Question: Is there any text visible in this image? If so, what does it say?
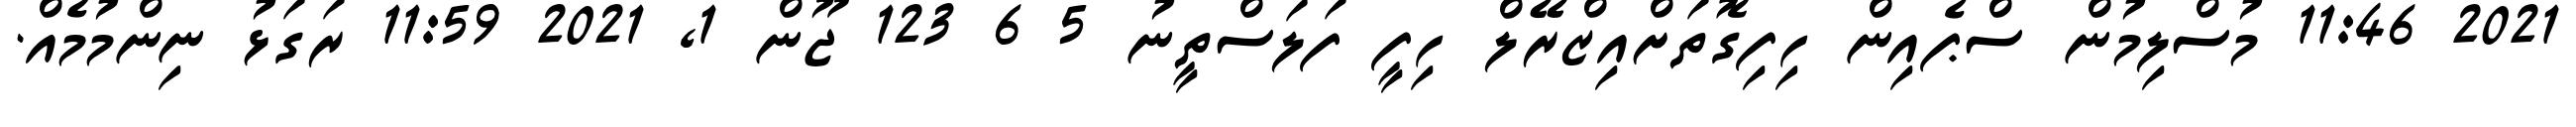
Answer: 2021 11:46 މުސްލިމުން ސްޕެއިން ހިފިގޮތަށްއިޒްރޭލް ހިފީ ފަލަސްތީނު 5 6 123 ޖޫން 1, 2021 11:59 ރަގަޅު ނިންމުމެއް.